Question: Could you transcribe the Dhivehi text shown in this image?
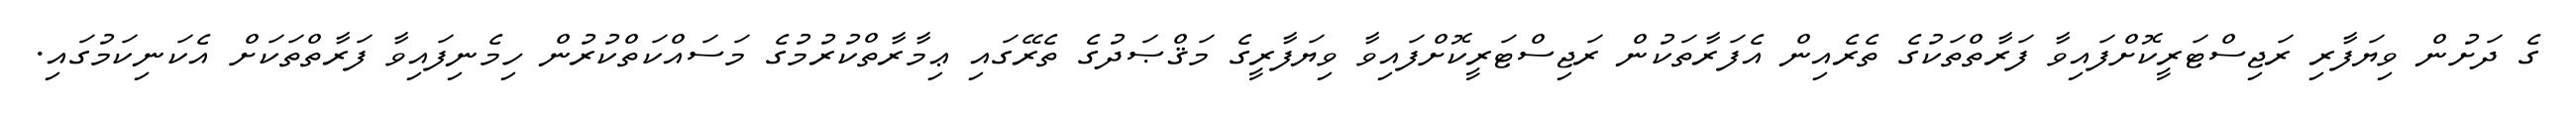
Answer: ގެ ދަށުން ވިޔަފާރި ރަޖިސްޓަރީކޮށްފައިވާ ފަރާތްތަކުގެ ތެރެއިން އެފަރާތަކުން ރަޖިސްޓަރީކޮށްފައިވާ ވިޔަފާރީގެ މަޤްޞަދުގެ ތެރޭގައި ޢިމާރާތްކުރުމުގެ މަސައްކަތްކުރުން ހިމެނިފައިވާ ފަރާތްތަކަށް އެކަނިކަމުގައި.